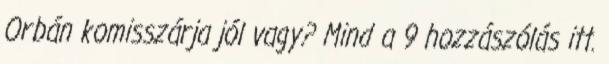
Orbán komisszárja jól vagy? Mind a 9 hozzászólás itt.